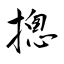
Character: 摠